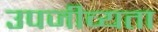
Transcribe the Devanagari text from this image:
उपजीव्यता